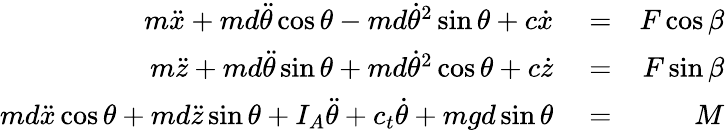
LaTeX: \begin{array}{rlr}{m\ddot{x}+md\ddot{\theta}\cos\theta-md\dot{\theta}^{2}\sin\theta+c\dot{x}}&{{}=}&{F\cos\beta}\\ {m\ddot{z}+md\ddot{\theta}\sin\theta+md\dot{\theta}^{2}\cos\theta+c\dot{z}}&{{}=}&{F\sin\beta}\\ {md\ddot{x}\cos\theta+md\ddot{z}\sin\theta+I_{A}\ddot{\theta}+c_{t}\dot{\theta}+mgd\sin\theta}&{{}=}&{M}\end{array}